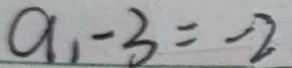
a _ { 1 } - 3 = - 2